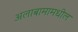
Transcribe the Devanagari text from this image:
अलाबामामधील